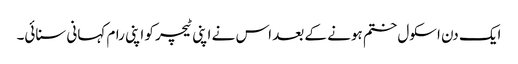
ایک دن اسکول ختم ہونے کے بعد اس نے اپنی ٹیچر کو اپنی رام کہانی سنائی۔